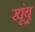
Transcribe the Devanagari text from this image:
खूंबू